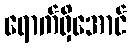
ရောက်ရှိအောင်